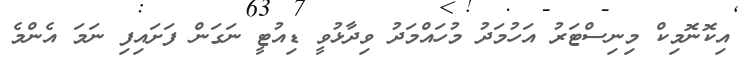
އިކޮނޮމިކް މިނިސްޓަރު އަހުމަދު މުހައްމަދު ވިދާޅުވީ ޑިއުޓީ ނަގަން ފަށައިފި ނަމަ އެންމެ